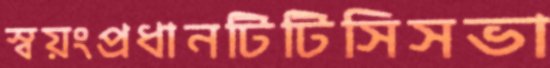
স্বয়ংপ্রধানটিটিসিসভা